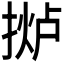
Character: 𫽤